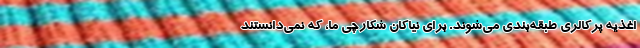
اغذیه پرکالری طبقه‌بندی می‌شوند. برای نیاکان شکارچی ما، که نمی‌دانستند